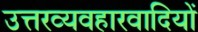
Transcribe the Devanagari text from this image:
उत्तरव्यवहारवादियों